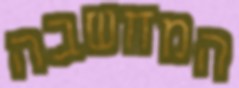
המחשבה